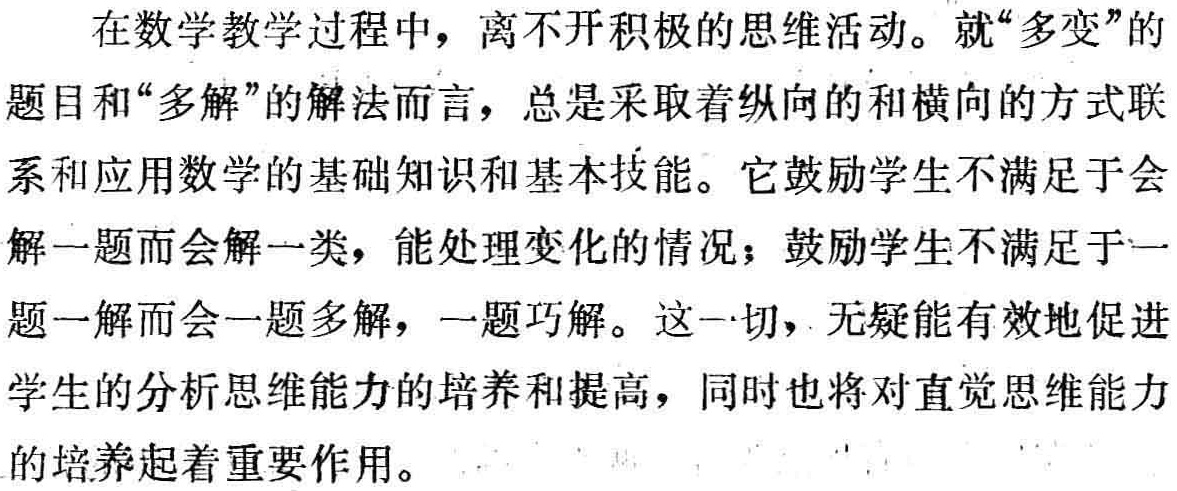
在数学教学过程中，离不开积极的思维活动。就“多变”的

题目和“多解”的解法而言，总是采取着纵向的和横向的方式联

系和应用数学的基础知识和基本技能。它鼓励学生不满足于会

解一题而会解一类，能处理变化的情况；鼓励学生不满足于一

题一解而会一题多解，一题巧解。这一切，无疑能有效地促进

学生的分析思维能力的培养和提高，同时也将对直觉思维能力

的培养起着重要作用。